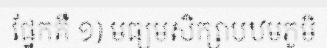
ផ្នែកគឺ ១) មធ្យមសិក្សាបឋមភូមិ